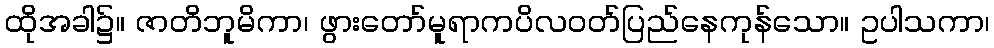
ထိုအခါ၌။ ဇာတိဘူမိကာ၊ ဖွားတော်မူရာကပိလဝတ်ပြည်နေကုန်သော။ ဥပါသကာ၊